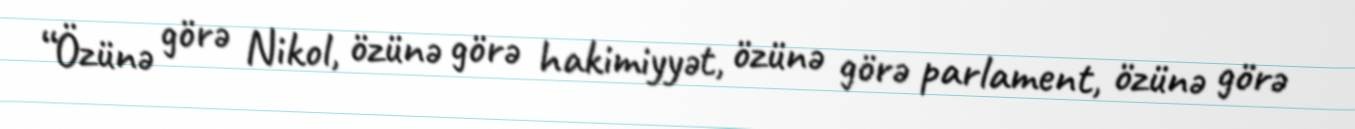
“Özünə görə Nikol, özünə görə hakimiyyət, özünə görə parlament, özünə görə